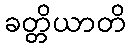
ခတ္တိယာတိ